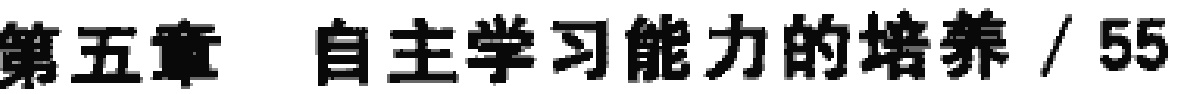
第五章 自主学习能力的培养 / 55